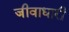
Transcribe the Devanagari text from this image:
जीवाधारी